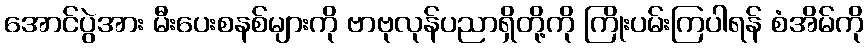
အောင်ပွဲအား မီးပေးစနစ်များကို ဗာဗုလုန်ပညာရှိတို့ကို ကြိုးပမ်းကြပါရန် စံအိမ်ကို